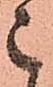
々